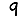
Digit: 9